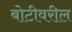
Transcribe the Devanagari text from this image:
बोटीवरील